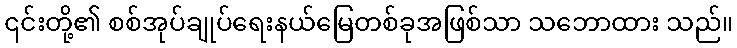
၎င်းတို့၏ စစ်အုပ်ချုပ်ရေးနယ်မြေတစ်ခုအဖြစ်သာ သဘောထား သည်။